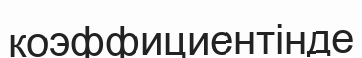
коэффициентінде